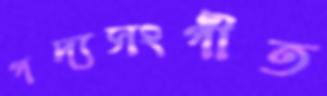
গদ্যসংগীত